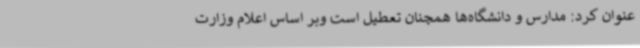
عنوان کرد: مدارس و دانشگاه‌ها همچنان تعطیل است وبر اساس اعلام وزارت